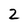
Character: 2